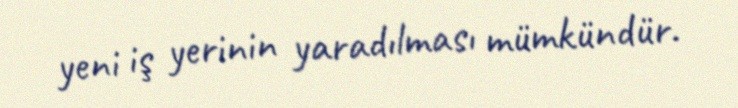
yeni iş yerinin yaradılması mümkündür.